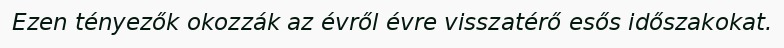
Ezen tényezők okozzák az évről évre visszatérő esős időszakokat.